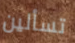
تسألين